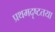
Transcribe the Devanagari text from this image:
प्रथमदृष्टतया